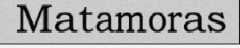
Matamoras